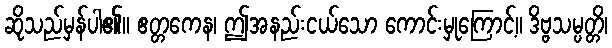
ဆိုသည်မှန်ပါ၏။ ဧတ္တကေန၊ ဤအနည်းငယ်သော ကောင်းမှုကြောင့်။ ဒိဗ္ဗသမ္ပတ္တိ၊